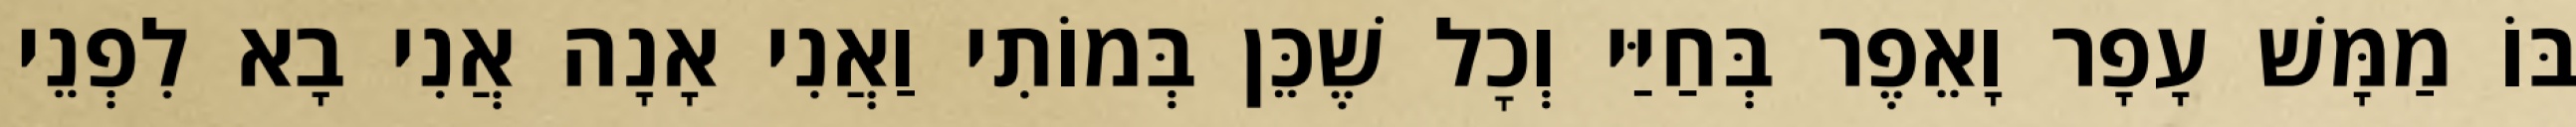
בּוֹ מַמָּשׁ עָפָר וָאֵפֶר בְּחַיַּי וְכׇל שֶׁכֵּן בְּמוֹתִי וַאֲנִי אָנָה אֲנִי בָא לִפְנֵי